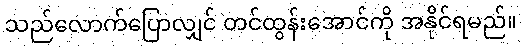
သည်လောက်ပြောလျှင် တင်ထွန်းအောင်ကို အနိုင်ရမည်။